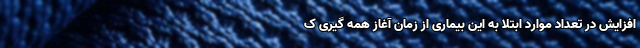
افزایش در تعداد موارد ابتلا به این بیماری از زمان آغاز همه گیری ک